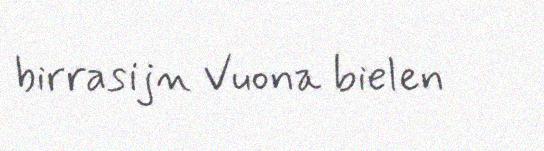
birrasijn Vuona bielen